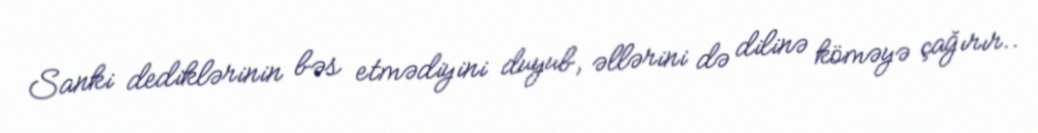
Sanki dediklərinin bəs etmədiyini duyub, əllərini də dilinə köməyə çağırır..